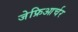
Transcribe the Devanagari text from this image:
जेफ्रिआर्चर